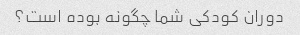
دوران کودکی شما چگونه بوده است؟